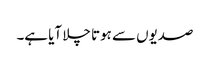
صدیوں سے ہوتا چلا آیا ہے۔